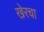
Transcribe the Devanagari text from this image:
खेरचा